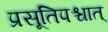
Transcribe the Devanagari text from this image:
प्रसूतिपश्चात्